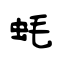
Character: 蚝